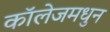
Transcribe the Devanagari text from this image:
कॉलेजमधुन